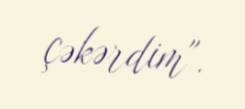
çəkərdim".